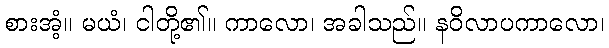
စားအံ့။ မယံ၊ ငါတို့၏။ ကာလော၊ အခါသည်။ နဝိလာပကာလော၊